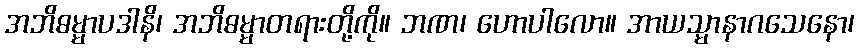
အဘိဓမ္မာပဒါနိ၊ အဘိဓမ္မာတရားတို့ကို။ ဘဏ၊ ဟောပါလော။ အာယသ္မာနာဂသေနော၊